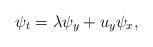
LaTeX: \begin{align*}\psi_t=\lambda\psi_y+u_y\psi_x,\end{align*}